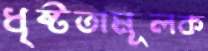
ধৃষ্টতামূলক